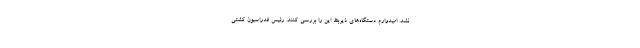
نشد. امیدوارم دستگاه‌های ذیربط این را بررسی کنند. رئیس فدراسیون کشتی